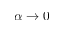
\alpha \rightarrow 0